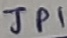
Text: JP1